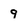
Character: 9